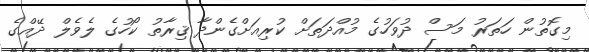
މިގޮތުން ހަތަރު މަސް ދުވަހުގެ މުއްދަތަށް ކުރިއަށްގެންދާ ޤިރާތު ކޯހުގެ ލެވެލް ދޭއްގެ